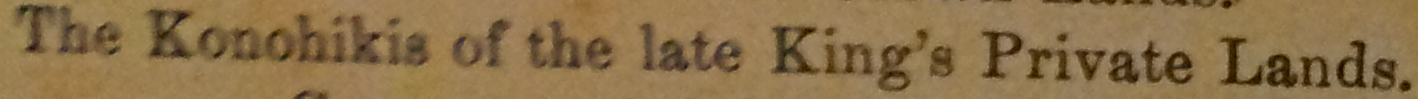
The Konohikis of the late Kint's Private Lands.